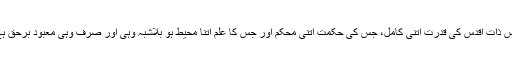
جس ذات اقدس کی قدرت اتنی کامل، جس کی حکمت اتنی محکم اور جس کا علم اتنا محیط ہو بلاشبہ وہی اور صرف وہی معبود برحق ہے۔